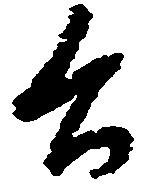
公